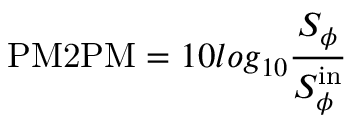
\mathrm { P M 2 P M } = 1 0 l o g _ { 1 0 } \frac { S _ { \phi } } { S _ { \phi } ^ { \mathrm { i n } } }